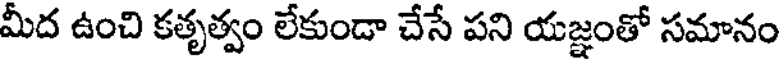
మీద ఉంచి కతృత్వం లేకుండా చేసే పని యజ్ఞంతో సమానం